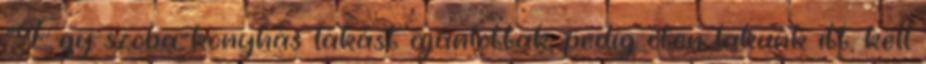
“Egy szoba-konyhás lakást ajánlottak, pedig öten lakunk itt, kell